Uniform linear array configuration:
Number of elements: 16
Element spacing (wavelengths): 0.25
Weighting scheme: hann
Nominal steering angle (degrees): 60
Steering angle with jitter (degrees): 58.56
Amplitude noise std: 0.05
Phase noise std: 0.05

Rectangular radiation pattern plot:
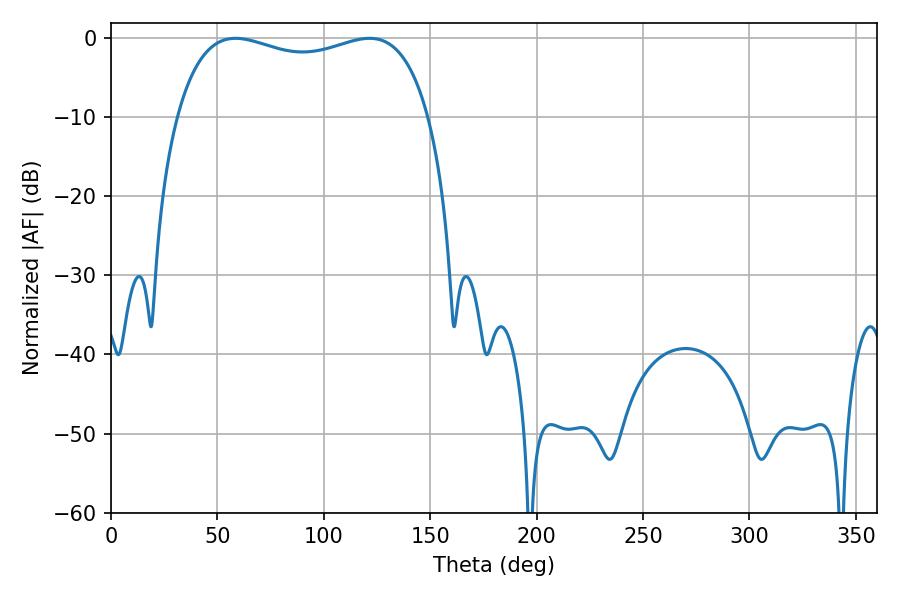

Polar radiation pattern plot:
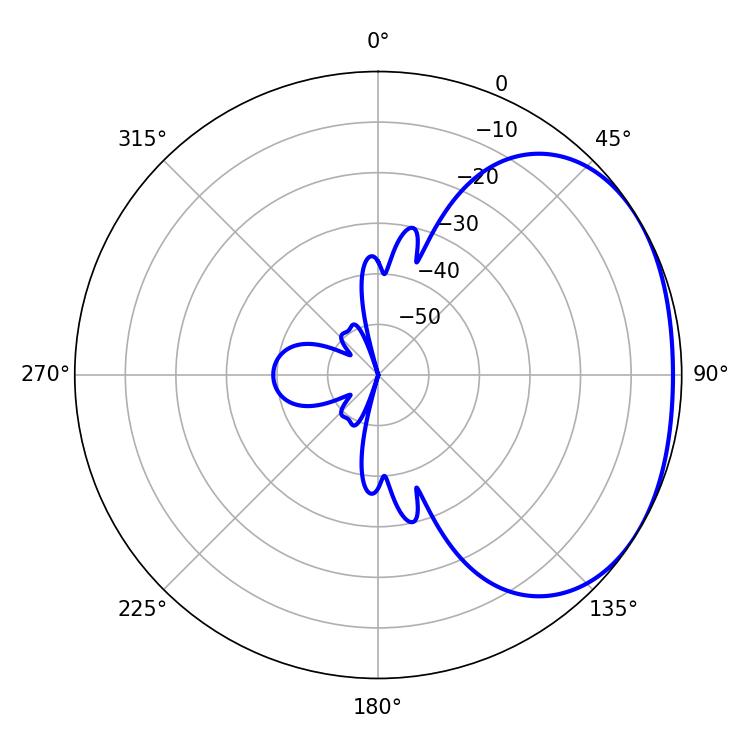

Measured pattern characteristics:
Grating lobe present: FALSE
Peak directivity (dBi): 1.876
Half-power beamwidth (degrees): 97.2
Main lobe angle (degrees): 58.5